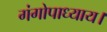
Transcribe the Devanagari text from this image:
गंगोपाध्याय।